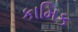
કામિક